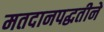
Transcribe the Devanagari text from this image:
मतदानपद्धतीने